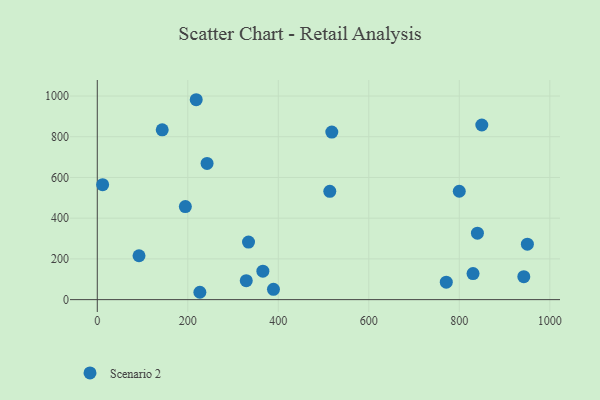
{"axis": {"x": "Engine Size", "y": "Demand"}, "legend": ["Scenario 2"], "data": [{"x": "329.2", "y": 93.1, "type": "Scenario 2"}, {"x": "11.8", "y": 564.5, "type": "Scenario 2"}, {"x": "830.3", "y": 128.1, "type": "Scenario 2"}, {"x": "950.4", "y": 272.5, "type": "Scenario 2"}, {"x": "194.6", "y": 457.0, "type": "Scenario 2"}, {"x": "92.2", "y": 215.6, "type": "Scenario 2"}, {"x": "218.6", "y": 981.8, "type": "Scenario 2"}, {"x": "334.2", "y": 282.5, "type": "Scenario 2"}, {"x": "942.5", "y": 112.9, "type": "Scenario 2"}, {"x": "143.5", "y": 834.2, "type": "Scenario 2"}, {"x": "389.3", "y": 50.6, "type": "Scenario 2"}, {"x": "226.7", "y": 36.1, "type": "Scenario 2"}, {"x": "513.8", "y": 532.1, "type": "Scenario 2"}, {"x": "799.9", "y": 532.4, "type": "Scenario 2"}, {"x": "849.7", "y": 857.6, "type": "Scenario 2"}, {"x": "365.9", "y": 139.7, "type": "Scenario 2"}, {"x": "242.6", "y": 668.7, "type": "Scenario 2"}, {"x": "840.0", "y": 326.5, "type": "Scenario 2"}, {"x": "518.2", "y": 822.7, "type": "Scenario 2"}, {"x": "771.2", "y": 85.8, "type": "Scenario 2"}]}